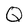
Character: Q